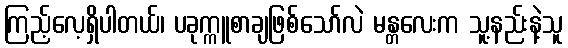
ကြည့်လေ့ရှိပါတယ်၊ ပခုက္ကူစာချဖြစ်သော်လဲ မန္တလေးက သူ့နည်းနဲ့သူ